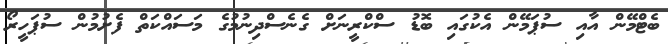
ބެޓްމޭން އާއި ސުޕަމޭން އެކުގައި ބޮޑު ސްކްރީނަށް ގެނެސްދިނުމުގެ މަސައްކަތް ފެށުމުން ސުޕަހީރޯ